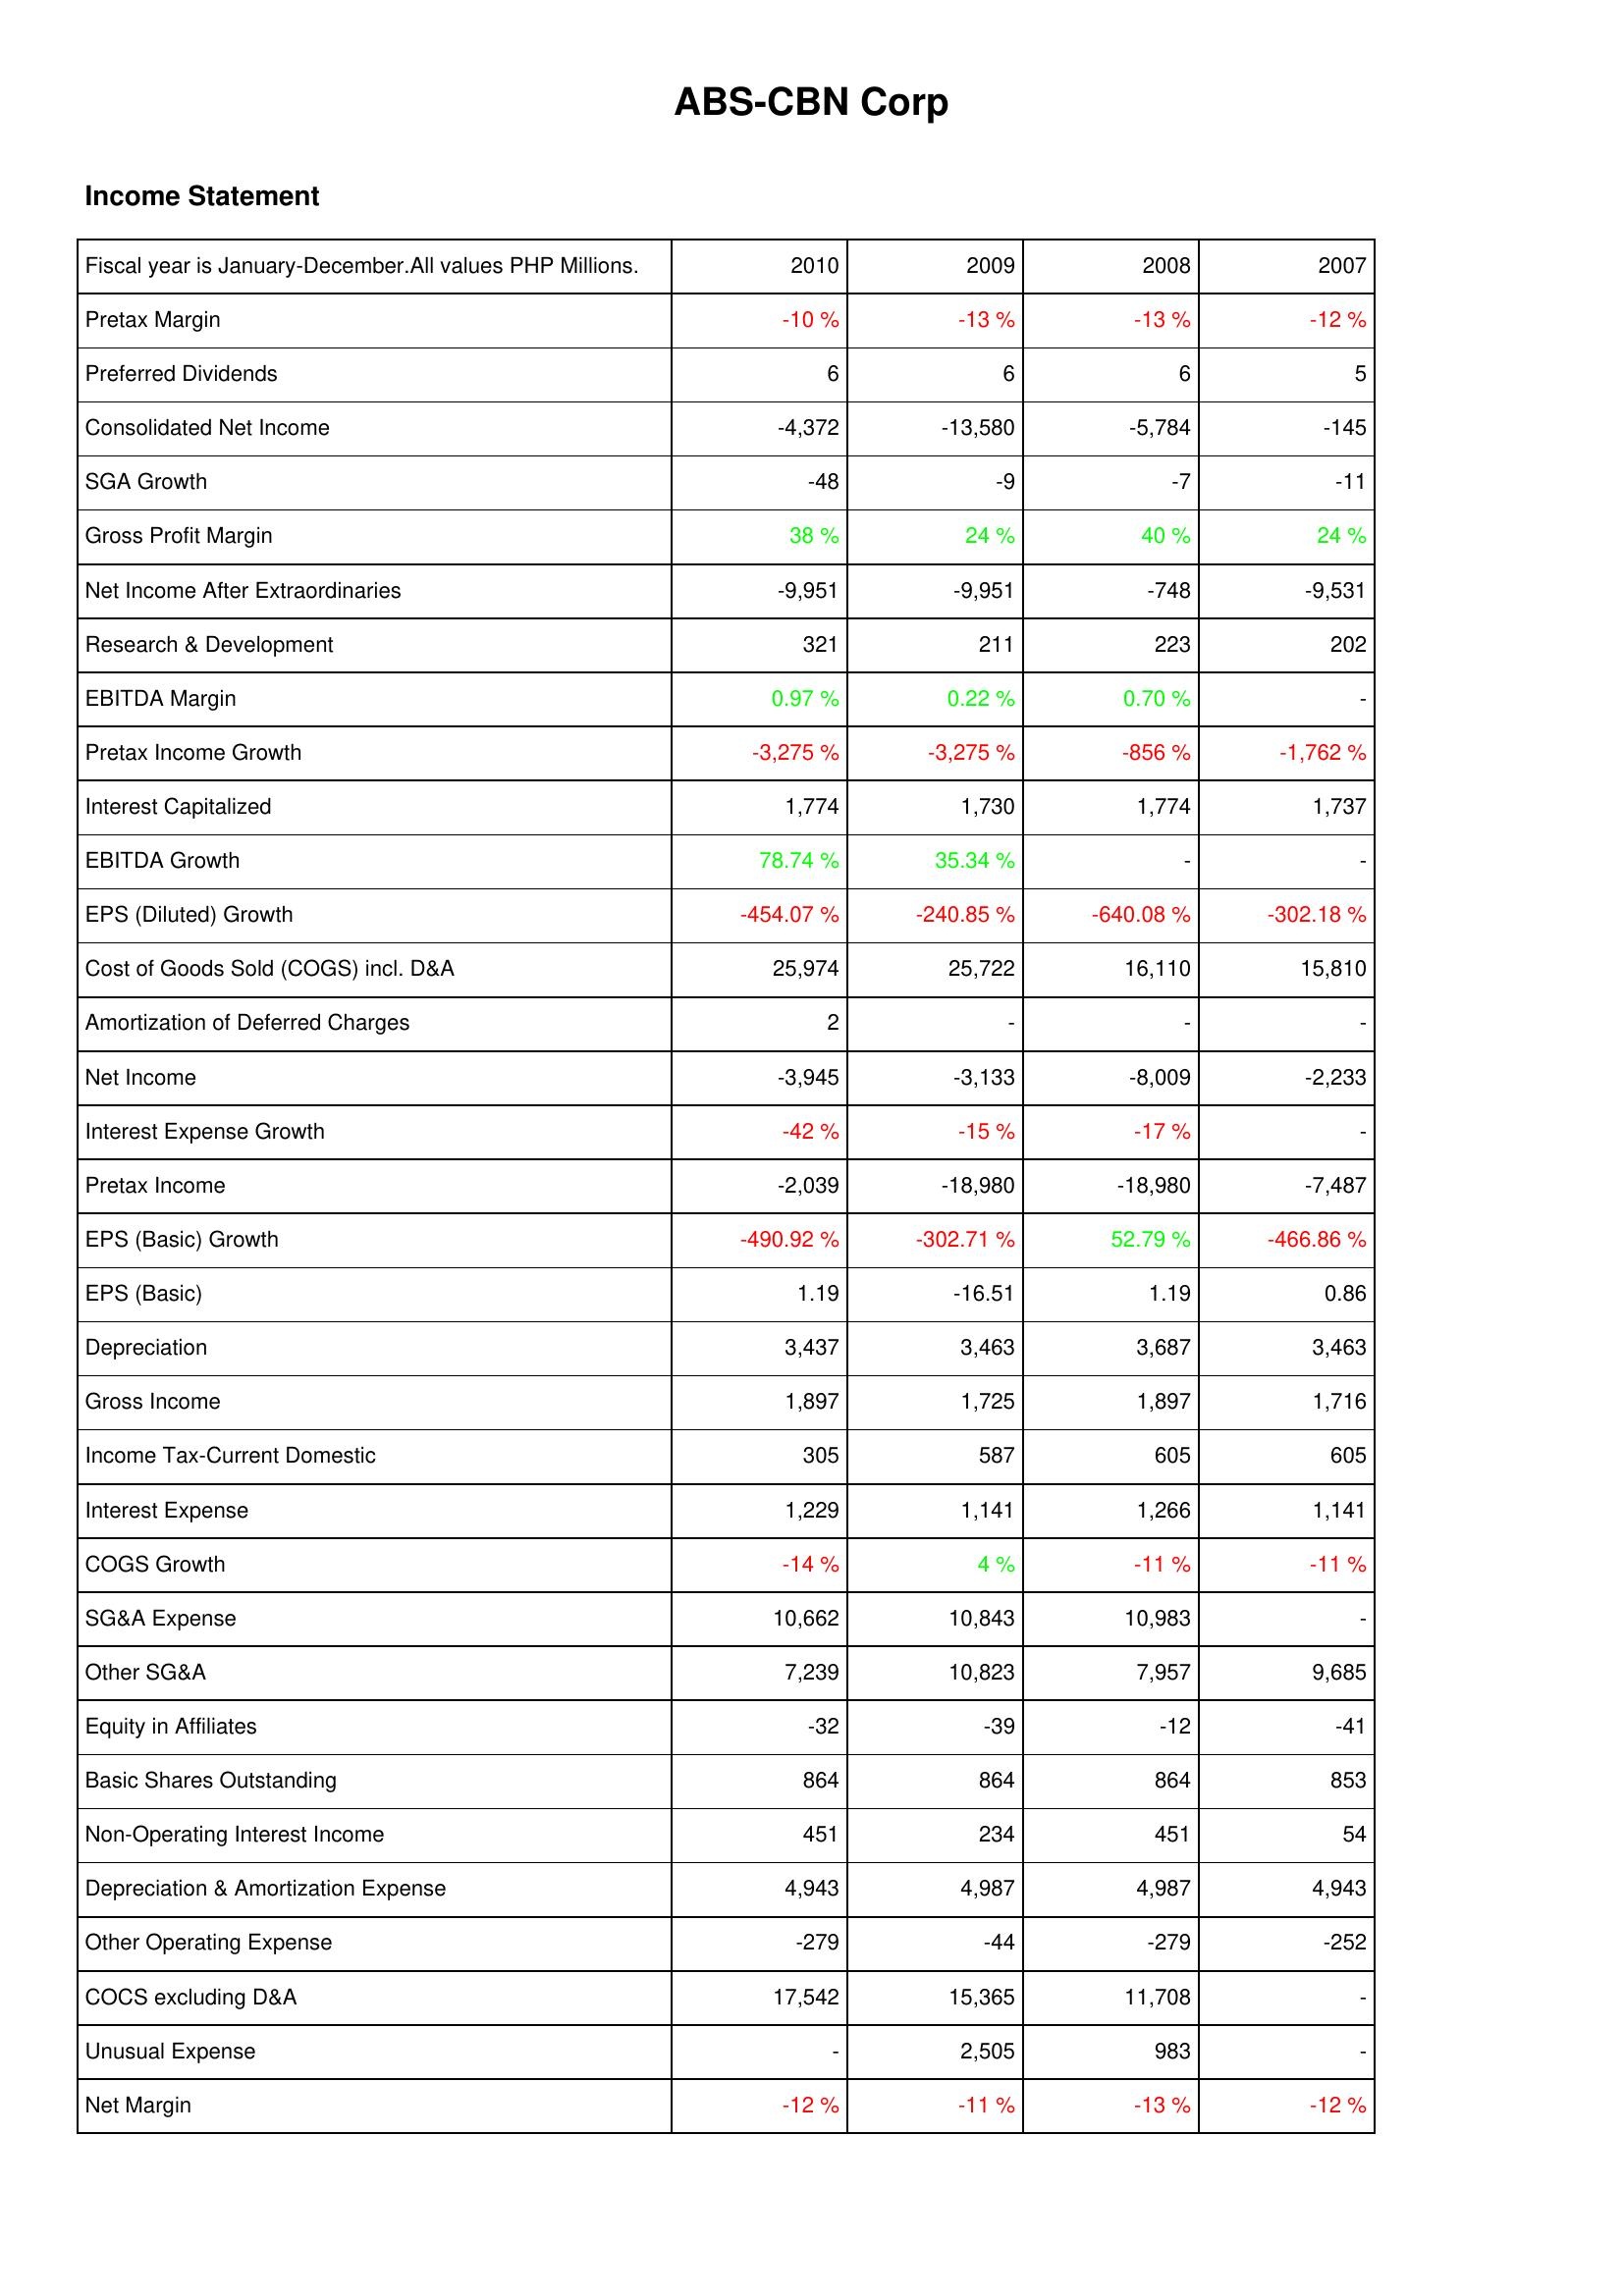
2010: Income Statement: Pretax Margin: -10 %
Preferred Dividends: 6
Consolidated Net Income: -4,372
SGA Growth: -48
Gross Profit Margin: 38 %
Net Income After Extraordinaries: -9,951
Research & Development: 321
EBITDA Margin: 0.97 %
Pretax Income Growth: -3,275 %
Interest Capitalized: 1,774
EBITDA Growth: 78.74 %
EPS (Diluted) Growth: -454.07 %
Cost of Goods Sold (COGS) incl. D&A: 25,974
Amortization of Deferred Charges: 2
Net Income: -3,945
Interest Expense Growth: -42 %
Pretax Income: -2,039
EPS (Basic) Growth: -490.92 %
EPS (Basic): 1.19
Depreciation: 3,437
Gross Income: 1,897
Income Tax-Current Domestic: 305
Interest Expense: 1,229
COGS Growth: -14 %
SG&A Expense: 10,662
Other SG&A: 7,239
Equity in Affiliates: -32
Basic Shares Outstanding: 864
Non-Operating Interest Income: 451
Depreciation & Amortization Expense: 4,943
Other Operating Expense: -279
COCS excluding D&A: 17,542
Unusual Expense: -
Net Margin: -12 %
2009: Income Statement: Pretax Margin: -13 %
Preferred Dividends: 6
Consolidated Net Income: -13,580
SGA Growth: -9
Gross Profit Margin: 24 %
Net Income After Extraordinaries: -9,951
Research & Development: 211
EBITDA Margin: 0.22 %
Pretax Income Growth: -3,275 %
Interest Capitalized: 1,730
EBITDA Growth: 35.34 %
EPS (Diluted) Growth: -240.85 %
Cost of Goods Sold (COGS) incl. D&A: 25,722
Amortization of Deferred Charges: -
Net Income: -3,133
Interest Expense Growth: -15 %
Pretax Income: -18,980
EPS (Basic) Growth: -302.71 %
EPS (Basic): -16.51
Depreciation: 3,463
Gross Income: 1,725
Income Tax-Current Domestic: 587
Interest Expense: 1,141
COGS Growth: 4 %
SG&A Expense: 10,843
Other SG&A: 10,823
Equity in Affiliates: -39
Basic Shares Outstanding: 864
Non-Operating Interest Income: 234
Depreciation & Amortization Expense: 4,987
Other Operating Expense: -44
COCS excluding D&A: 15,365
Unusual Expense: 2,505
Net Margin: -11 %
2008: Income Statement: Pretax Margin: -13 %
Preferred Dividends: 6
Consolidated Net Income: -5,784
SGA Growth: -7
Gross Profit Margin: 40 %
Net Income After Extraordinaries: -748
Research & Development: 223
EBITDA Margin: 0.70 %
Pretax Income Growth: -856 %
Interest Capitalized: 1,774
EBITDA Growth: -
EPS (Diluted) Growth: -640.08 %
Cost of Goods Sold (COGS) incl. D&A: 16,110
Amortization of Deferred Charges: -
Net Income: -8,009
Interest Expense Growth: -17 %
Pretax Income: -18,980
EPS (Basic) Growth: 52.79 %
EPS (Basic): 1.19
Depreciation: 3,687
Gross Income: 1,897
Income Tax-Current Domestic: 605
Interest Expense: 1,266
COGS Growth: -11 %
SG&A Expense: 10,983
Other SG&A: 7,957
Equity in Affiliates: -12
Basic Shares Outstanding: 864
Non-Operating Interest Income: 451
Depreciation & Amortization Expense: 4,987
Other Operating Expense: -279
COCS excluding D&A: 11,708
Unusual Expense: 983
Net Margin: -13 %
2007: Income Statement: Pretax Margin: -12 %
Preferred Dividends: 5
Consolidated Net Income: -145
SGA Growth: -11
Gross Profit Margin: 24 %
Net Income After Extraordinaries: -9,531
Research & Development: 202
EBITDA Margin: -
Pretax Income Growth: -1,762 %
Interest Capitalized: 1,737
EBITDA Growth: -
EPS (Diluted) Growth: -302.18 %
Cost of Goods Sold (COGS) incl. D&A: 15,810
Amortization of Deferred Charges: -
Net Income: -2,233
Interest Expense Growth: -
Pretax Income: -7,487
EPS (Basic) Growth: -466.86 %
EPS (Basic): 0.86
Depreciation: 3,463
Gross Income: 1,716
Income Tax-Current Domestic: 605
Interest Expense: 1,141
COGS Growth: -11 %
SG&A Expense: -
Other SG&A: 9,685
Equity in Affiliates: -41
Basic Shares Outstanding: 853
Non-Operating Interest Income: 54
Depreciation & Amortization Expense: 4,943
Other Operating Expense: -252
COCS excluding D&A: -
Unusual Expense: -
Net Margin: -12 %